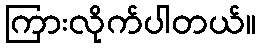
ကြားလိုက်ပါတယ်။